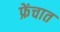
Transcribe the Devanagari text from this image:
फ्रेंचात